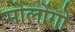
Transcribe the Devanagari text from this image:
मोलोंगो